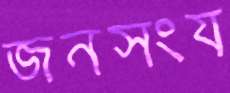
জনসংয